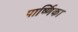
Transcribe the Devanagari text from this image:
पार्ष्णिका